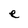
Character: e